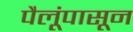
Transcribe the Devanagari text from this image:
पैलूंपासून